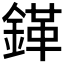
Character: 𲇒